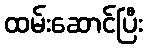
ထမ်းဆောင်ပြီး